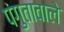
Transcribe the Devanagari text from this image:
पंगुतावाले